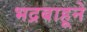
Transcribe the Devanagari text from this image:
भद्रबाहूने